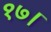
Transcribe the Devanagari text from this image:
१७।